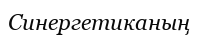
Синергетиканың